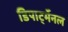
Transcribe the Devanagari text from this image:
डिपार्ट्मेनल